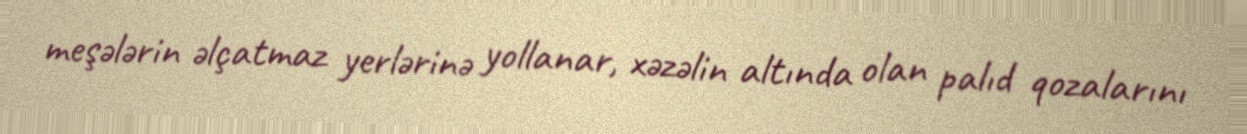
meşələrin əlçatmaz yerlərinə yollanar, xəzəlin altında olan palıd qozalarını